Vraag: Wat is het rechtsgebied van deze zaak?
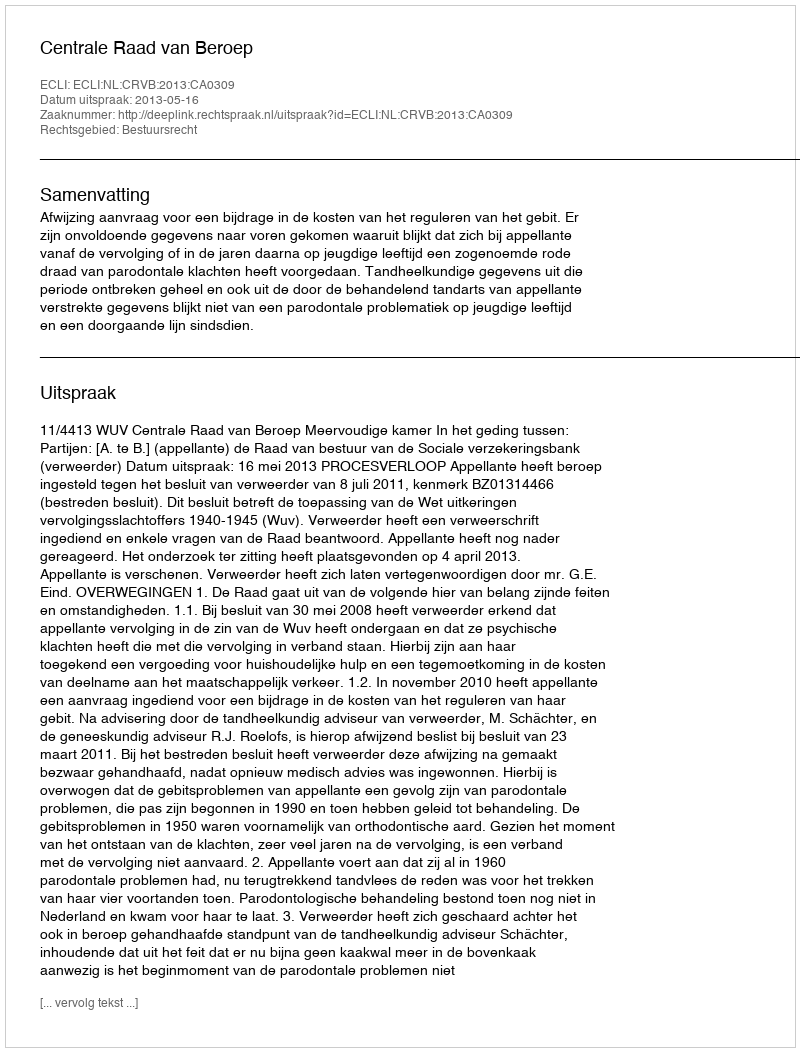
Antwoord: Bestuursrecht